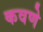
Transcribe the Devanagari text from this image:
कवणे